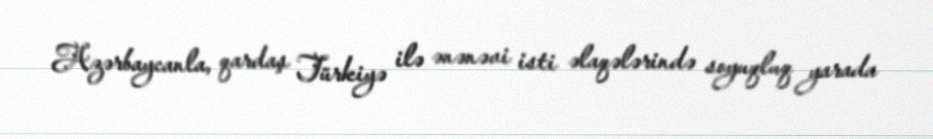
Azərbaycanla, qardaş Türkiyə ilə ənənəvi isti əlaqələrində soyuqluq yarada